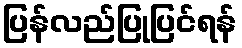
ပြန်လည်ပြုပြင်ရန်